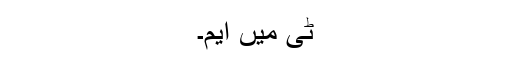
ٹی میں ایم۔